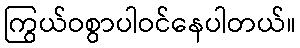
ကြွယ်ဝစွာပါဝင်နေပါတယ်။